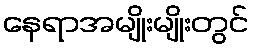
နေရာအမျိုးမျိုးတွင်